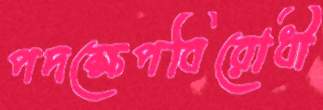
পদক্ষেপবিরোধী